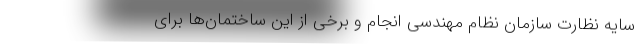
سایه نظارت سازمان نظام مهندسی انجام و برخی از این ساختمان‌ها برای